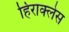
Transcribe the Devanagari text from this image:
हिराक्लेस